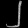
Digit: ၂